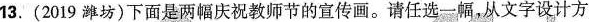
13. (2019潍坊)下面是两幅庆祝教师节的宣传画。请任选一幅，从文字设计方